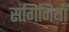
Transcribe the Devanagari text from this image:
संगिनियाँ